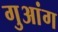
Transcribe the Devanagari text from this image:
गुआंग